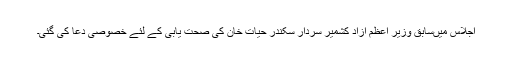
اجلاس میںسابق وزیر اعظم آزاد کشمیر سردار سکندر حیات خان کی صحت یابی کے لئے خصوصی دعا کی گئی۔